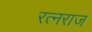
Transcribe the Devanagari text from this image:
रत्नराज